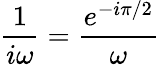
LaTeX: {\frac{1}{i\omega}}={\frac{e^{-i\pi/2}}{\omega}}